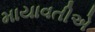
માયાવતીએ